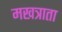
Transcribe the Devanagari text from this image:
मखत्राता